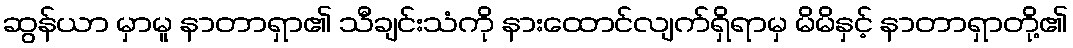
ဆွန်ယာ မှာမူ နာတာရှာ၏ သီချင်းသံကို နားထောင်လျက်ရှိရာမှ မိမိနှင့် နာတာရှာတို့၏